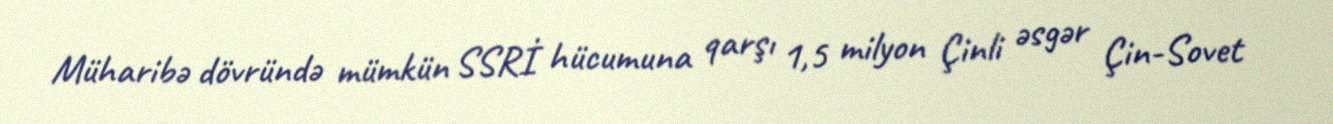
Müharibə dövründə mümkün SSRİ hücumuna qarşı 1,5 milyon Çinli əsgər Çin-Sovet